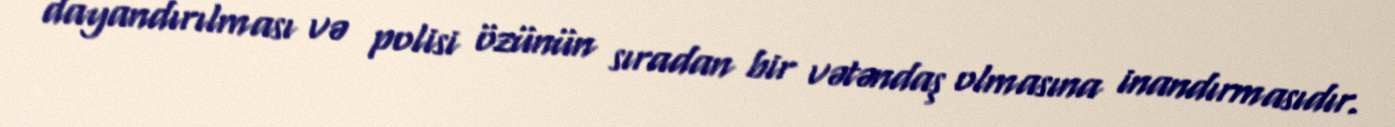
dayandırılması və polisi özünün sıradan bir vətəndaş olmasına inandırmasıdır.